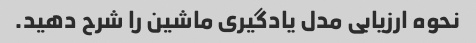
نحوه ارزیابی مدل یادگیری ماشین را شرح دهید.